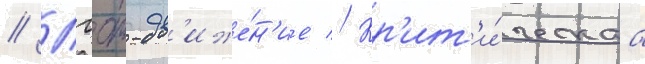
// Лгбт-дв'иже́н'ие // Кр'ит'и́ческаа